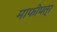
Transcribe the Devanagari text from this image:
माफीपत्र